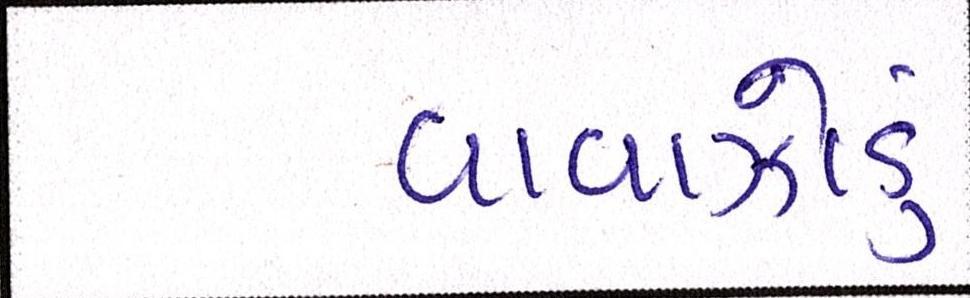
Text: વાવાઝોડું